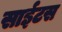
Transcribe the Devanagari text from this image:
साईटस